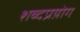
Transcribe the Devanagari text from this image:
शब्दप्रय़ोग